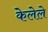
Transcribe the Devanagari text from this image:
केेलेले